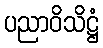
ပညာဝိသိဋ္ဌံ